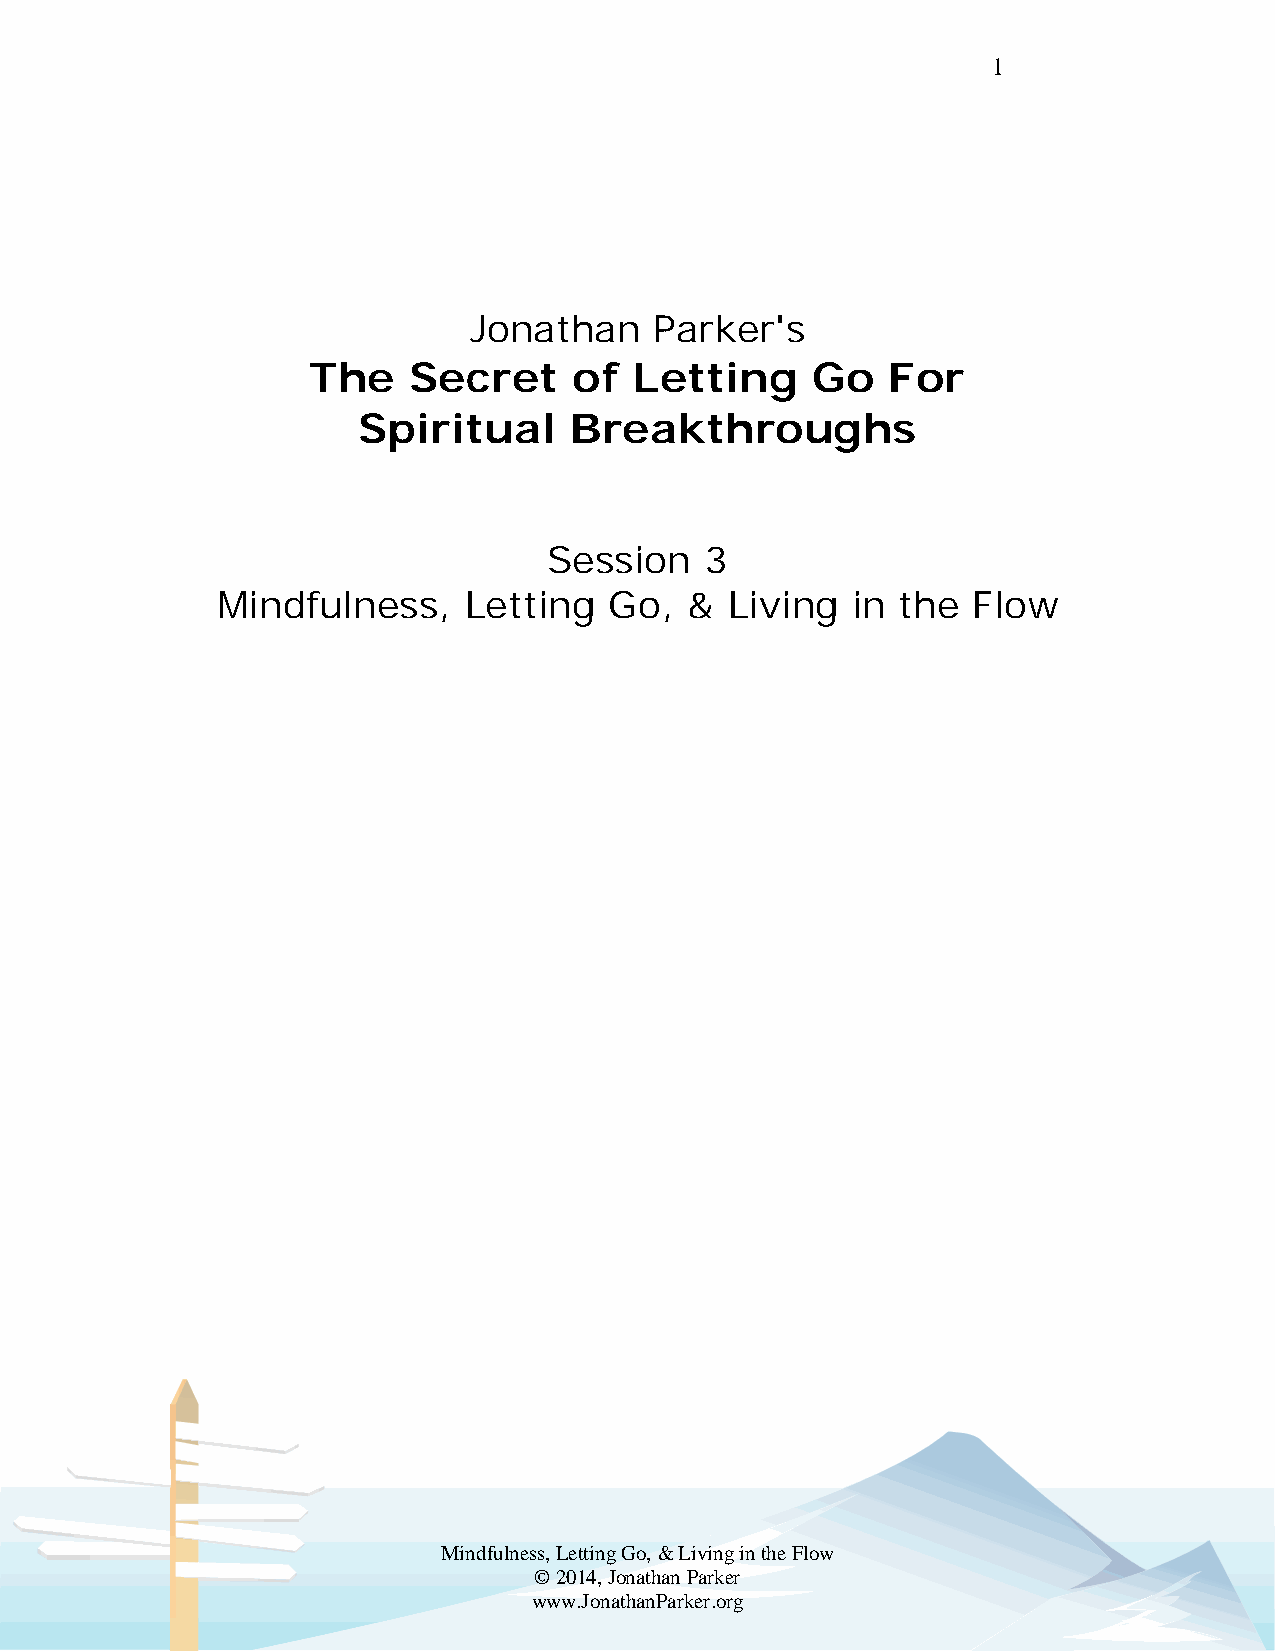
1
 Jonathan    Parker's
 The    Secret     of  Letting     Go   For
 Spiritual     Breakthroughs
 Session    3
 Mindfulness,     Letting  Go,  &  Living  in the  Flow
 Mindfulness, Letting Go, & Living in the Flow
 © 2014, Jonathan Parker
 www.JonathanParker.org